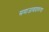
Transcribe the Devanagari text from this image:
समाजावादावरचा